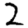
Digit: 2